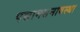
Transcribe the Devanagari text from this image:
पद्मामसनावस्था